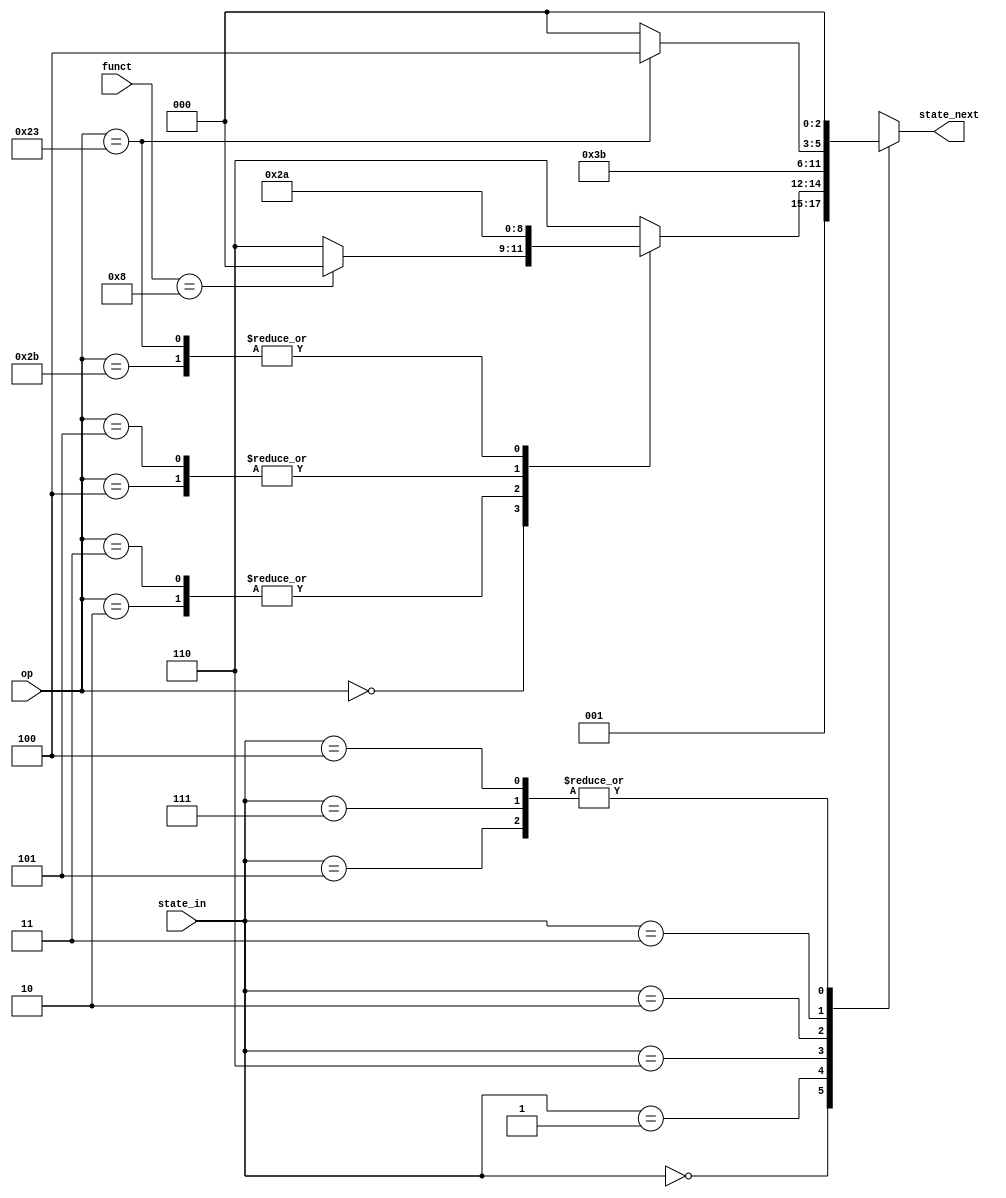
`timescale 1ns / 1ps
//////////////////////////////////////////////////////////////////////////////////
// Company: 
// Engineer: 
// 
// Design Name: 
// Module Name: next_state
// Project Name: 
// Target Devices: 
// Tool Versions: 
// Description: 
// 
// Dependencies: 
// 
// Revision:
// Revision 0.01 - File Created
// Additional Comments:
// 
//////////////////////////////////////////////////////////////////////////////////

//IFIDEXEMEMWB
module next_state(state_in,state_next,op,funct);
       input  [2:0] state_in; //
       input  [5:0] op;
       input  [5:0] funct;
       output reg [2:0] state_next; //
       //
       parameter [2:0]   IF=3'b000,
                           ID=3'b001,
                           RI_EXE=3'b110,
                           b_EXE=3'b101,
                           sl_EXE=3'b010,
                           MEM=3'b011,
                           RI_WB=3'b111,
                           l_WB=3'b100;
       
       always @(state_in or op or funct ) begin
        case(state_in) 
          IF: state_next=ID;
          ID: begin
                  case(op) 
                  6'b0: begin  if(funct==6'b001000) state_next=IF;//jr
                               else   state_next=RI_EXE; //R
                        end
                  6'b000010: state_next=IF; //j
                  6'b000011: state_next=IF; //jal
                
                  6'b000100: state_next=b_EXE; //beq
                  6'b000101: state_next=b_EXE; //bne
                
                  6'b100011: state_next=sl_EXE; //lw
                  6'b101011: state_next=sl_EXE; //sw 
                  default:   state_next=RI_EXE; //I
                  endcase
              end
          RI_EXE: state_next=RI_WB;
          b_EXE : state_next=IF;
          sl_EXE: state_next=MEM;    
          RI_WB : state_next=IF;
          
          MEM   : begin
                       if(op==6'b100011) state_next=l_WB;
                       else state_next=IF;
                  end
          l_WB  : state_next=IF;        
       endcase
       end
endmodule